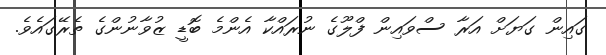
ގައިން ގަޔަށް އަރާ ސްވައިން ފްލޫގެ ނުރައްކާ އެންމެ ބޮޑީ ޒުވާނުންގެ ތެރޭގައެވެ.